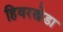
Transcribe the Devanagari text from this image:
हिवरखेडा